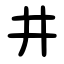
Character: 井